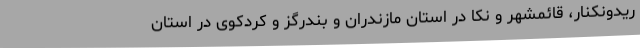
ریدونکنار، قائمشهر و نکا در استان مازندران و بندرگز و کردکوی در استان